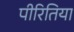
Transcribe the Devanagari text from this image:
पीरितिया